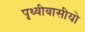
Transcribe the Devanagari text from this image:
पृथ्वीवासीयो